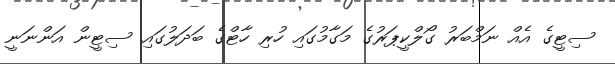
ސިޓީގެ އެއް ނަމްބަރު ގޯލްކީޕަރުގެ މަގާމުގައި ހުރި ހާޓްގެ ބަދަލުގައި ސިޓީން އަންނަނީ